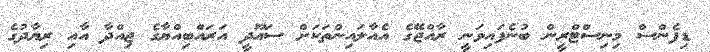
ޑިފެންސް މިނިސްޓްރީން ބުނެފައިވަނީ ރާއްޖޭގެ އެއާލައިންތަކަށް ސައޫދީ އަރައްބިއްޔާގެ ޖިއްދާ އާއި ރިޔާދުގެ